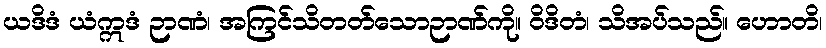
ယဒိဒံ ယံဣဒံ ဉာဏံ၊ အကြင်သိတတ်သောဉာဏ်ကို။ ဝိဒိတံ၊ သိအပ်သည်။ ဟောတိ၊